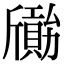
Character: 𣃐